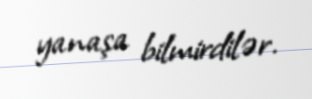
yanaşa bilmirdilər.